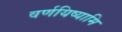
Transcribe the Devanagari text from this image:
वर्णयिष्यामि